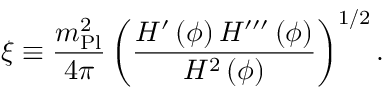
\xi \equiv { \frac { m _ { \mathrm { P l } } ^ { 2 } } { 4 \pi } } \left( { \frac { H ^ { \prime } \left( \phi \right) H ^ { \prime \prime \prime } \left( \phi \right) } { H ^ { 2 } \left( \phi \right) } } \right) ^ { 1 / 2 } .